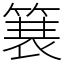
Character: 𫞽